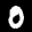
Digit: 0